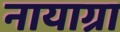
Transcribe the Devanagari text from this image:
नायाग्रा